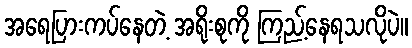
အရေပြားကပ်နေတဲ့ အရိုးစုကို ကြည့်နေရသလိုပဲ။